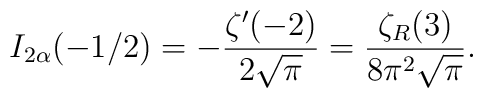
I_{2\alpha}(-1/2)=-\frac{\zeta '(-2)}{2\sqrt \pi}=\frac{\zeta_R(3)}{8\pi^2\sqrt \pi}{.}